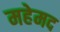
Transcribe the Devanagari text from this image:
महेमद